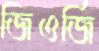
জিওর্জি